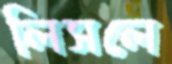
লিসলে